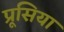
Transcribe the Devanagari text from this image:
प्रूसिया